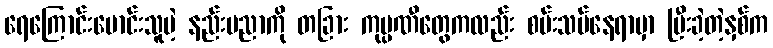
ရေကြောင်းမောင်းသူမဲ့ နည်းပညာကို တခြား ကုမ္ပဏီတွေကလည်း စမ်းသပ်နေရာမှာ ပြီးခဲ့တဲ့နှစ်က